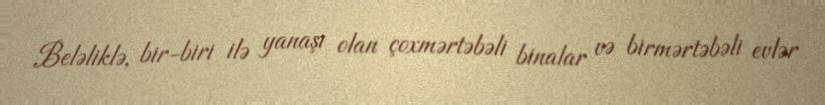
Beləliklə, bir-biri ilə yanaşı olan çoxmərtəbəli binalar və birmərtəbəli evlər